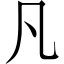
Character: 凡